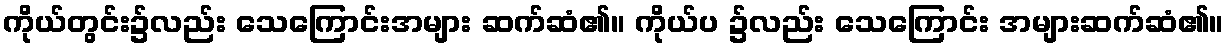
ကိုယ်တွင်း၌လည်း သေကြောင်းအများ ဆက်ဆံ၏။ ကိုယ်ပ ၌လည်း သေကြောင်း အများဆက်ဆံ၏။